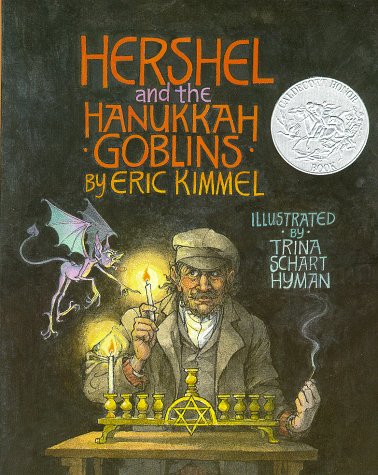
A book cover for Hershel and the Hanukkah Goblins; Eric A. Kimmel; Children's Books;